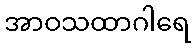
အာဝသထာဂါရေ